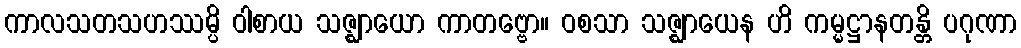
ကာလသတသဟဿမ္ပိ ဝါစာယ သဇ္ဈာယော ကာတဗ္ဗော။ ဝစသာ သဇ္ဈာယေန ဟိ ကမ္မဋ္ဌာနတန္တိ ပဂုဏာ